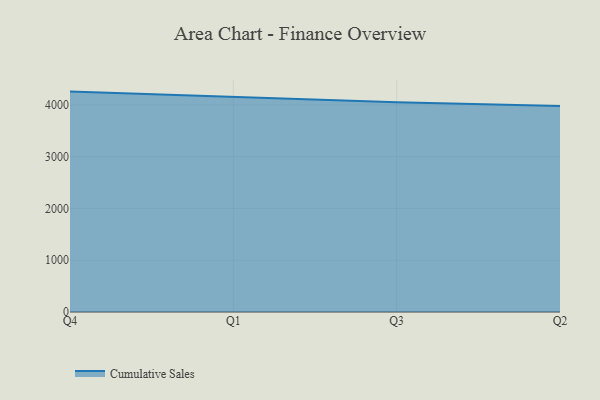
{"axis": {"x": "Quarter", "y": "Demand Index"}, "legend": ["Cumulative Sales"], "data": [{"x": "Q4", "y": 4257.4, "type": "Cumulative Sales"}, {"x": "Q1", "y": 4155.3, "type": "Cumulative Sales"}, {"x": "Q3", "y": 4053.6, "type": "Cumulative Sales"}, {"x": "Q2", "y": 3978.3, "type": "Cumulative Sales"}]}